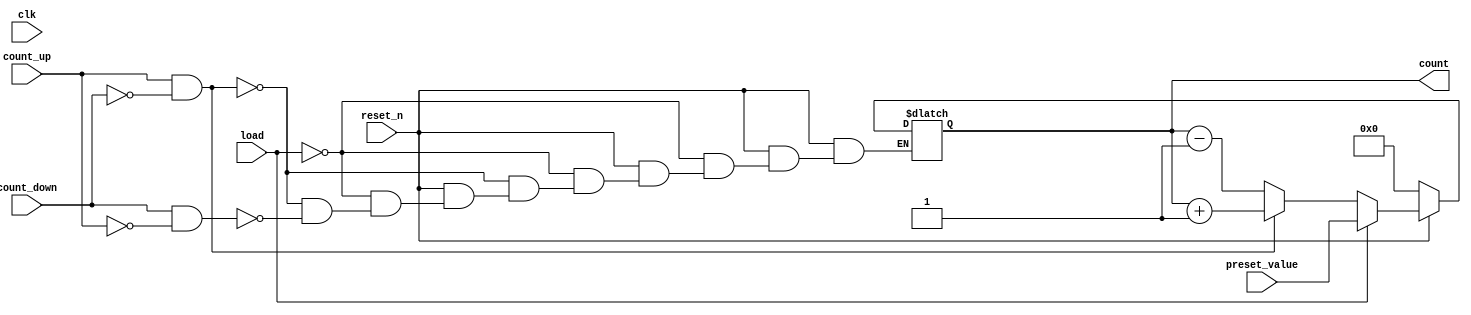
module async_counter #(
    parameter WIDTH = 4 // Bit width of the counter
)(
    input wire clk,          // Clock input
    input wire reset_n,      // Asynchronous active-low reset
    input wire load,         // Load signal
    input wire [WIDTH-1:0] preset_value, // Value to load when load is active
    input wire count_up,     // Count up signal
    input wire count_down,   // Count down signal
    output reg [WIDTH-1:0] count // Current count value
);

// Asynchronous reset and load logic
always @(*) begin
    if (!reset_n) begin
        count = 0; // Reset count to 0
    end else if (load) begin
        count = preset_value; // Load preset value
    end else if (count_up && !count_down) begin
        count = count + 1; // Increment count
    end else if (count_down && !count_up) begin
        count = count - 1; // Decrement count
    end
end

// Synchronous update on clock edge
always @(posedge clk) begin
    // The count value is updated based on the combinational logic
    // derived from the always block above.
end

endmodule